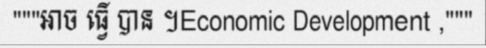
"""អាច ធ្វើ បាន ។Economic Development ,"""